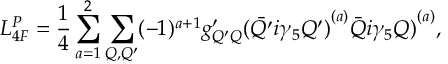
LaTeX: { \cal L } _ { 4 F } ^ { P } = \frac { 1 } { 4 } \sum _ { a = 1 } ^ { 2 } \sum _ { Q , Q ^ { \prime } } ( - 1 ) ^ { a + 1 } g _ { Q ^ { \prime } Q } ^ { \prime } { ( \bar { Q ^ { \prime } } i \gamma _ { 5 } Q ^ { \prime } ) } ^ { ( a ) } { \bar { Q } i \gamma _ { 5 } Q ) } ^ { ( a ) } ,